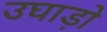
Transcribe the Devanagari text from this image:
उघाड़ो